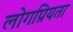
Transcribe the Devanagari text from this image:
लोगप्रियता